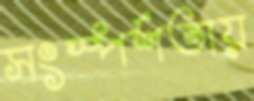
সংস্পর্শতায়